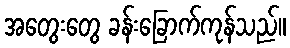
အတွေးတွေ ခန်းခြောက်ကုန်သည်။